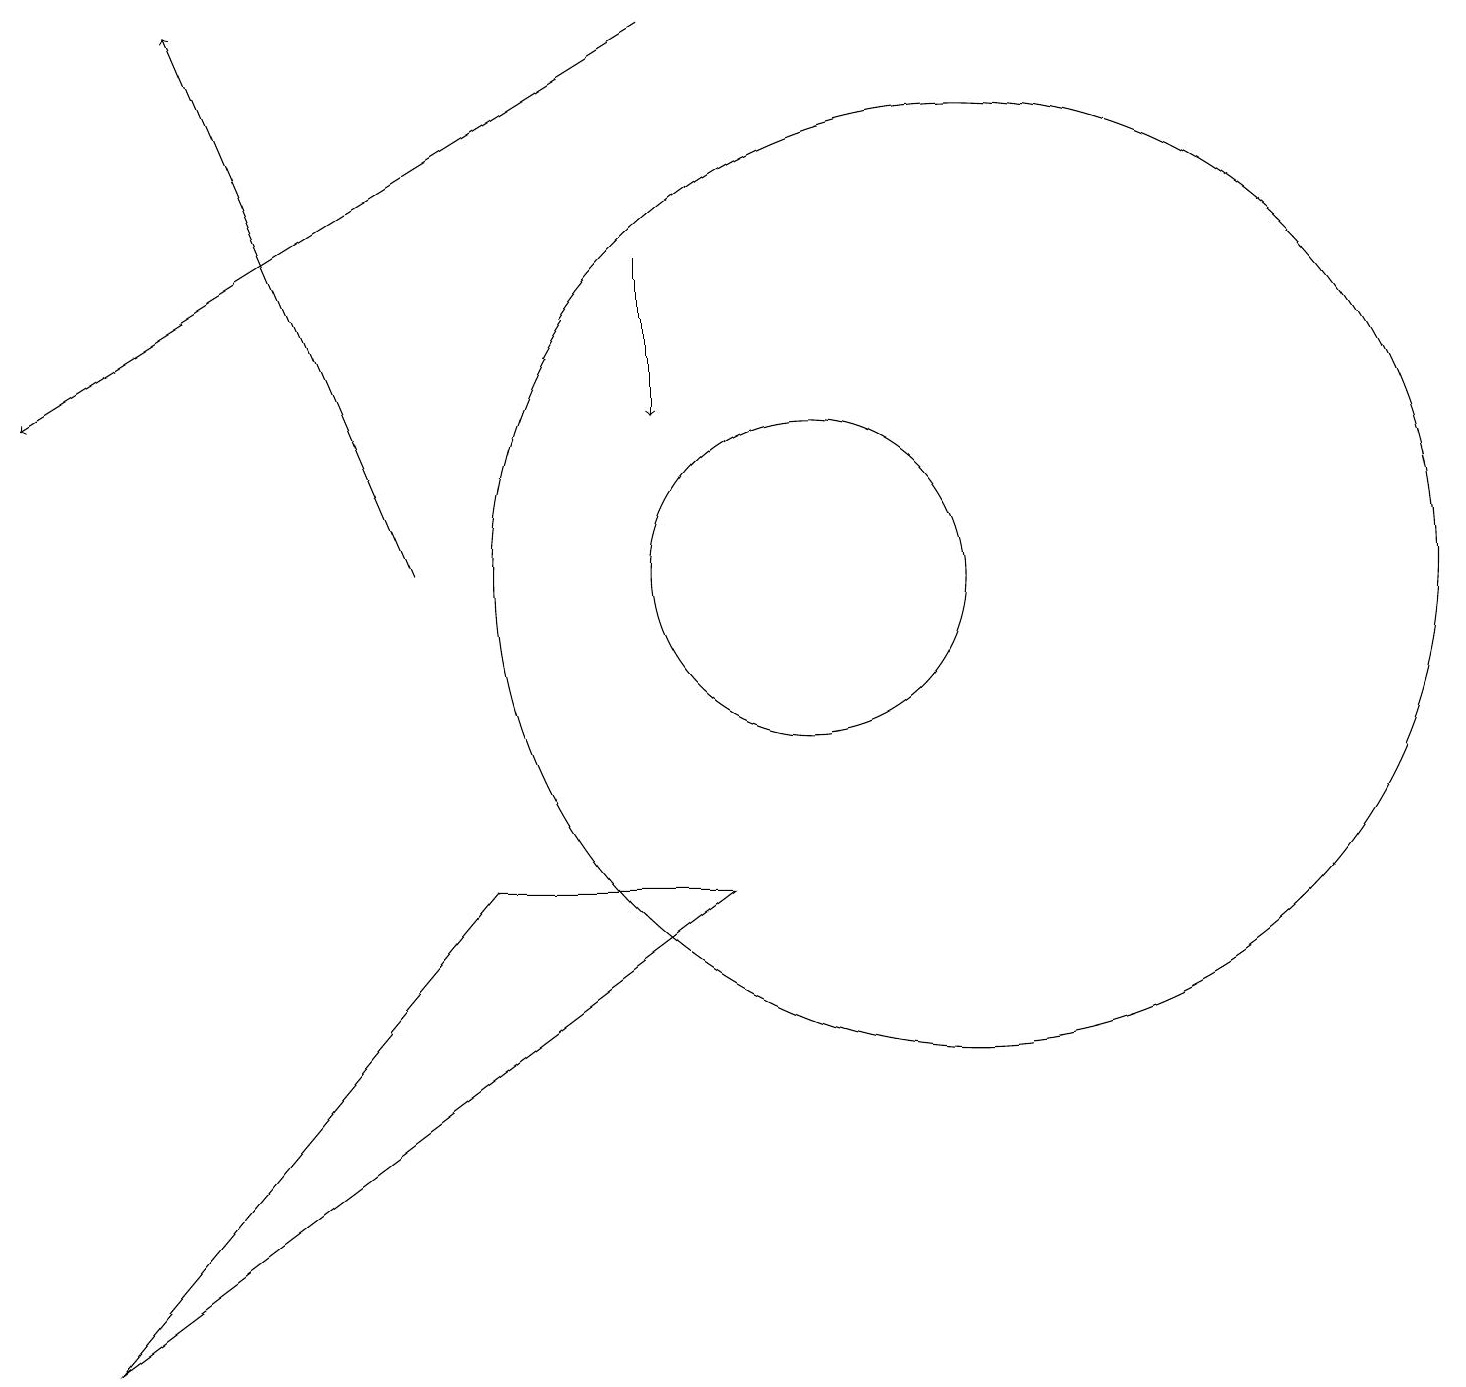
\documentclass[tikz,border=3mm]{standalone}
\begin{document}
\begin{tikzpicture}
\draw (12,12) circle (6);
\draw (10,12) circle (2);
\draw[->] (5,12) -- (2,19);
\draw[->] (8,16) -- (8,14);
\draw (9,8) -- (6,8) -- (1,2) -- cycle;
\draw[->] (8,19) -- (0,14);
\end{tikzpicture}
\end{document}